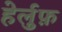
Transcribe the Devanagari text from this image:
हेर्लुफ़